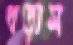
ধড়াস